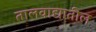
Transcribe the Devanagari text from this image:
तालवाद्यातील